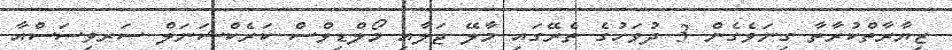
ޒިޔާރާތްކުރާތާ ގިނަވެގެން 3 ދުވަހުގެ ތެރޭގައި މާލޭ ޖަލާއި މޯލްޑިވްސް ކަރެކްޝަނަލް ސަރވިސަސްއާ